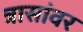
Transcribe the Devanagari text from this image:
त्रासांवर